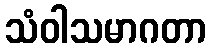
သံဝါသမာဂတာ